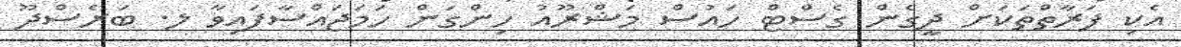
އެކި ފަރާތްތަކަށް ދީގެން ގެސްޓް ހައުސް މަޝްރޫއު ހިންގަން ހަމަޖައްސާފައިވާ ލ. ބަރެސްދޫ